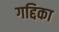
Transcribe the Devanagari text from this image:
गद्दिका